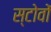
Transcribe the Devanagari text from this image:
स्टोवों